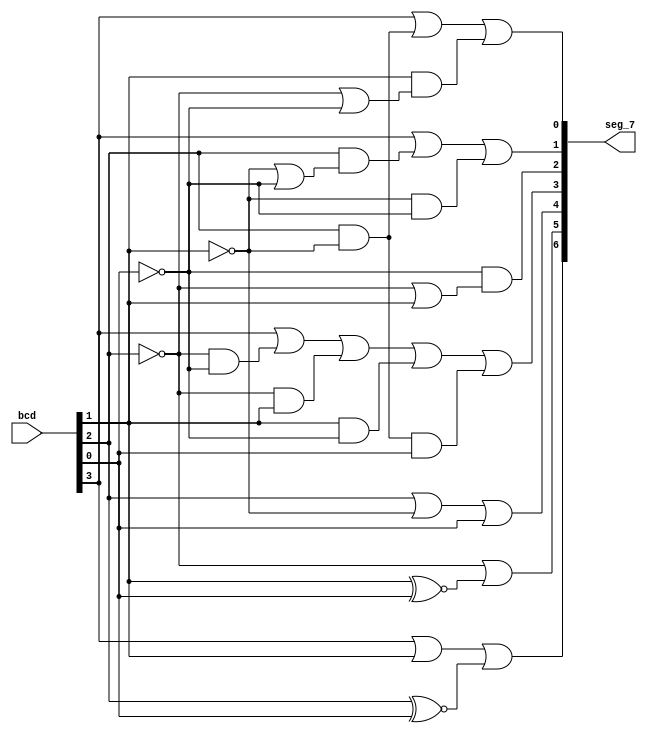
`timescale 1ns / 1ps

module bcd2seg(bcd,seg_7);
input [3:0]bcd; 
output [6:0]seg_7;
wire a,b,c,d,e,f,g;

assign a = bcd[3]|bcd[1]|(bcd[2]~^bcd[0]);
assign b = (~bcd[2])|(bcd[1]~^bcd[0]);
assign c = bcd[2]|(~bcd[1])|(bcd[0]);    
assign d = bcd[3]|((~bcd[2])&(~bcd[0]))|((~bcd[2])&bcd[1])|(bcd[1]&(~bcd[0]))|(bcd[2]&(~bcd[1])&bcd[0]);
assign e = ~bcd[0]&(~bcd[2]|bcd[1]);
assign f = bcd[3]|(bcd[2]&(~bcd[1]|~bcd[0]))|((~bcd[1])&(~bcd[0]));
assign g = bcd[3]|(bcd[2]&(~bcd[1]))|(bcd[1]&(~bcd[2]|~bcd[0]));
assign seg_7= {a,b,c,d,e,f,g};

endmodule